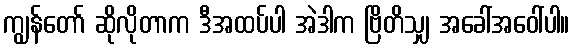
ကျွန်တော် ဆိုလိုတာက ဒီအထပ်ပါ အဲဒါက ဗြိတိသျှ အခေါ်အဝေါ်ပါ။